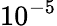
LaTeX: \displaystyle{10^{-5}}